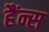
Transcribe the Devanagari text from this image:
हैंन्स